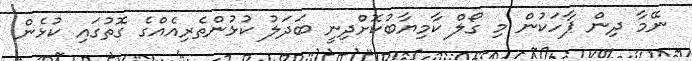
ނޭމާ ދިން ޕާހަކުން މި ގޯލް ކާމިޔާބުކޮށްދިނީ ބަދަލު ކުޅުންތެރިއެއްގެ ގޮތުގައި ކުޅެން